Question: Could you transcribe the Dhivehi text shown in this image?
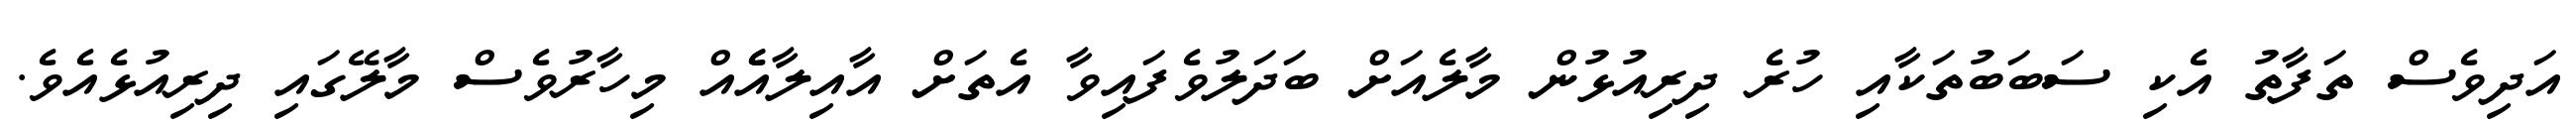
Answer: އަދިވެސް ތަފާތު އެކި ސަބަބުތަކާއި ހުރެ ދިރިއުޅުން މާލެއަށް ބަދަލުވެފައިވާ އެތަށް އާއިލާއެެއް މިހާރުވެސް މާލޭގައި ދިރިއުޅެއެވެ.